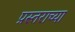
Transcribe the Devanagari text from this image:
प्रस्तराच्या